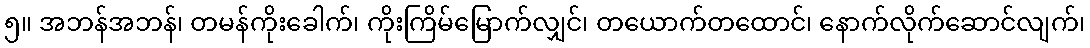
၅။ အဘန်အဘန်၊ တမန်ကိုးခေါက်၊ ကိုးကြိမ်မြောက်လျှင်၊ တယောက်တထောင်၊ နောက်လိုက်ဆောင်လျက်၊